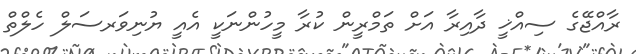
ރާއްޖޭގެ ސިއްޚީ ދާއިރާ އަށް ތަމްރީން ކުރާ މީހުންނަކީ އެއީ ޔުނިވަރސަލް ހެލްތް